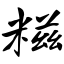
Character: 糍